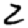
Digit: 2